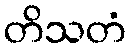
တိသတံ